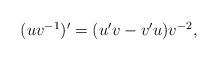
LaTeX: \begin{align*} \begin{array}{ll}(u v^{-1})' = (u'v - v' u)v^{-2},\end{array} \end{align*}